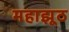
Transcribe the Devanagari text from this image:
महाझूठ